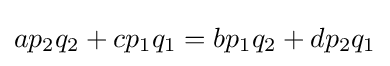
ap_{2}q_{2}+cp_{1}q_{1}=bp_{1}q_{2}+dp_{2}q_{1}